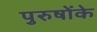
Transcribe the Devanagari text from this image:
पुरुषोंके